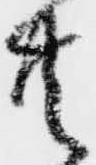
共